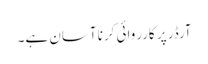
آرڈر پر کارروائی کرنا آسان ہے۔